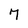
Character: 7